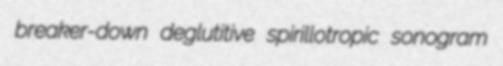
breaker-down deglutitive spirillotropic sonogram